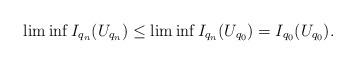
LaTeX: \begin{align*}\liminf I_{q_{n}}(U_{q_{n}})\leq\liminf I_{q_{n}}(U_{q_{0}})=I_{q_{0}}(U_{q_{0}}).\end{align*}